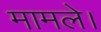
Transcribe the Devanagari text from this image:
मामले।